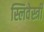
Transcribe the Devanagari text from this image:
स्लिवेस्त्री